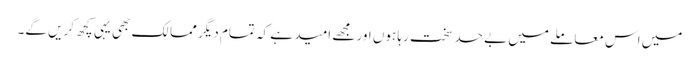
میں اس معاملے میں بے حد سخت رہا ہوں اور مجھے امید ہے کہ تمام دیگر ممالک بھی یہی کچھ کریں گے۔